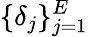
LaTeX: \{ \delta_{j}\} _{j=1}^{E}